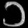
Digit: ၁